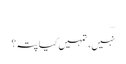
…
نہیں، تمہیں کیا پتہ؟